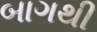
બાગથી